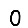
Digit: 0